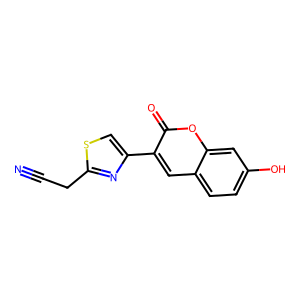
SMILES: N#CCc1nc(-c2cc3ccc(O)cc3oc2=O)cs1
Inhibits HIV replication: No